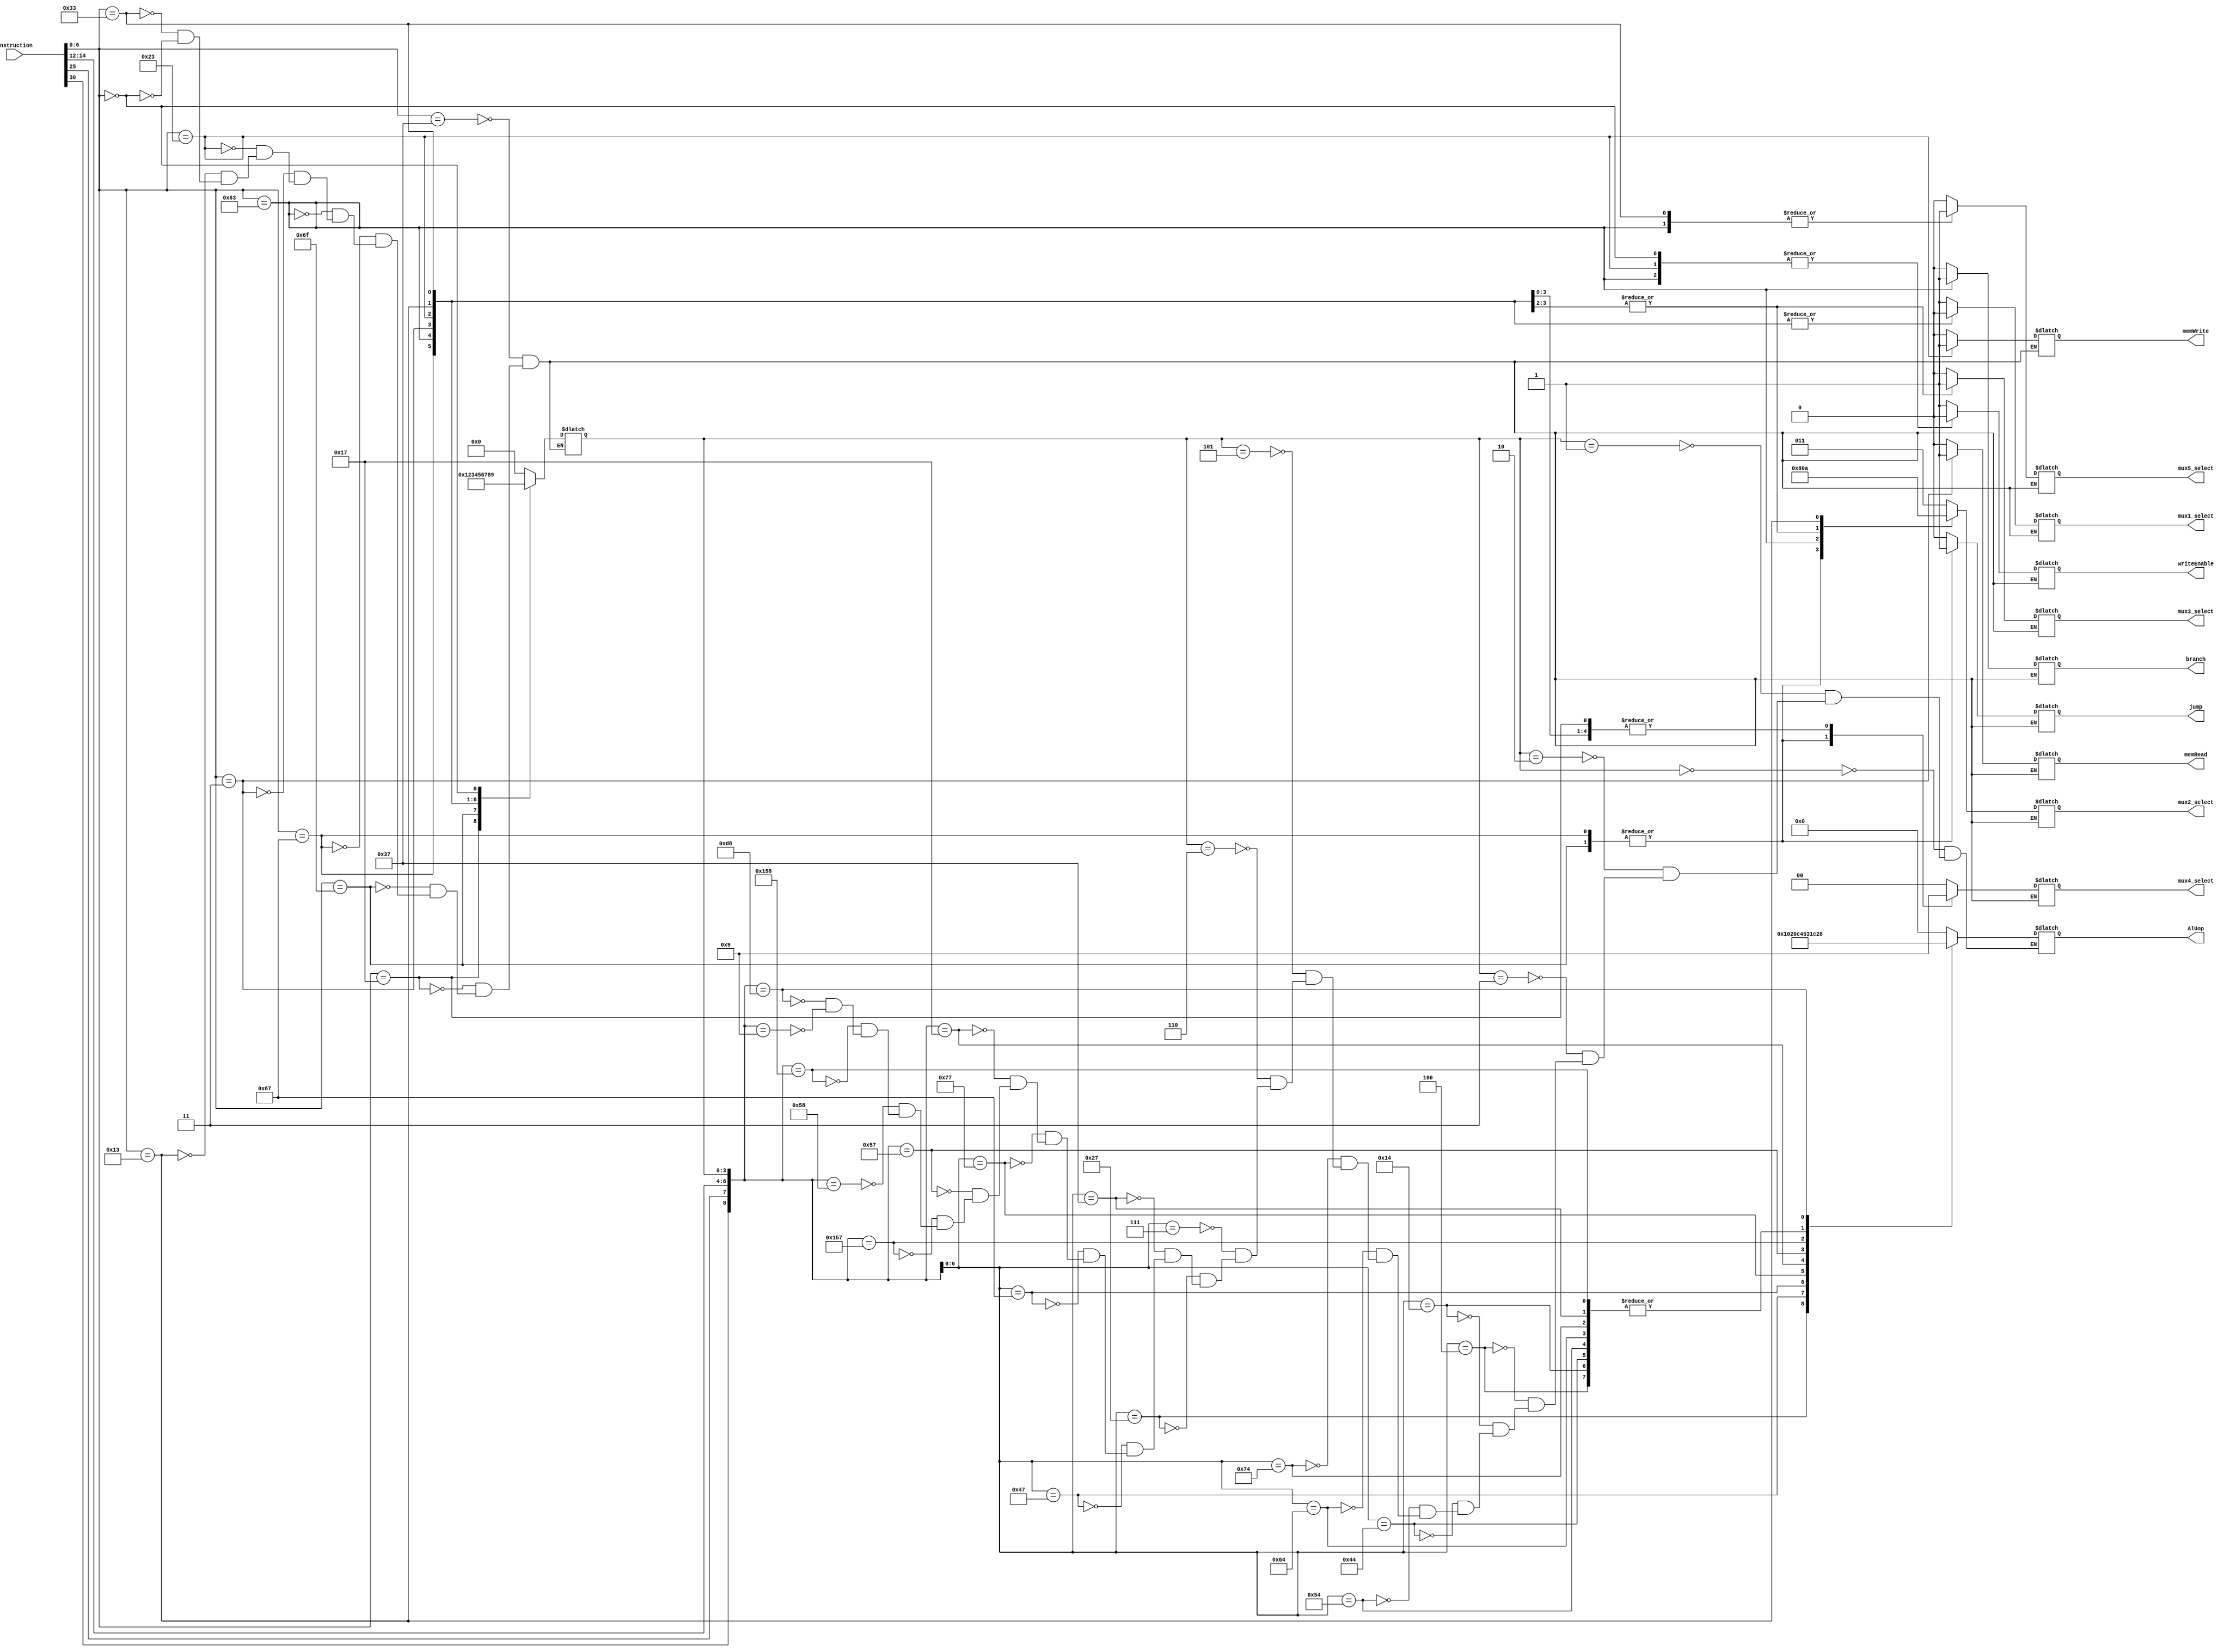
//       #########         CONTROL UNIT        ########
`timescale  1ns/100ps
//Delays are introduced..
//compatible with the new datapath.. updated 26/7/2021

module controlUnit(Instruction,mux1_select,mux2_select,mux3_select,mux4_select,mux5_select,memRead,memWrite,branch,jump,writeEnable,AlUop);          //control unit module
	
    //port declaration
    input  [31:0] Instruction;
    output [4:0] AlUop;
    output [1:0] mux4_select;
    output [2:0] mux2_select;
	output mux1_select,mux3_select,
            mux5_select,memRead,memWrite,branch,jump,writeEnable;
        
	wire [6:0] OPCODE;
    wire [2:0] funct3;
    wire funct7_A,funct7_B;
    reg [1:0] mux4_select;                                
    reg mux1_select,mux3_select,
            mux5_select,memRead,memWrite,branch,jump,writeEnable;
    wire [8:0] specific_OP;
    reg  [2:0] Immidiate,mux2_select;
    reg  [3:0] instr_type;
    reg  [4:0] AlUop;

	// always@(Instruction)begin
	// OPCODE = Instruction[6:0];                              //instruction decoding
    // funct3 = Instruction[14:12];                            //funct3 field
    // funct7_A = Instruction[30];                             //7th bit of funct7
    // funct7_B = Instruction[25];                             //1st bit of funct7
	// end
	
    assign OPCODE = Instruction[6:0];                       //opcode
    assign funct3 = Instruction[14:12];                     //funct3 field
    assign funct7_A = Instruction[30];                      //7th bit of funct7
    assign funct7_B = Instruction[25];                      //1st bit of funct7

    /* 
    -----
     general control signals for instruction type
    -----
    */   
	always @(OPCODE) begin     
		case(OPCODE)
			7'b0110111:begin 		//U type (lui) instruction
                #1                                          //delay occured by combinational logic
                instr_type  = 4'b0000;
                mux1_select = 1'bx;
                mux2_select = 3'b011; 
                mux3_select = 1'b0;         
                mux4_select = 2'b00;
                mux5_select = 1'bx; 
                writeEnable = 1'b1;
                memRead     = 1'b0;
                memWrite    = 1'b0;
                branch      = 1'b0;
                jump        = 1'b0;
				end
			7'b0010111:begin 		//U type (auipc) instruction
                #1                                          //delay occured by combinational logic
                instr_type = 4'b0001;
                mux1_select = 1'b1;
                mux2_select = 3'b011;
                mux3_select = 1'b0;
                mux4_select = 2'b01;
                mux5_select = 1'b0;
                writeEnable = 1'b1;
                memRead = 1'b0;
                memWrite = 1'b0;
                branch      = 1'b0;
                jump        = 1'b0;
				end
			7'b1101111:begin 		//jal instruction
                #1                                          //delay occured by combinational logic
                instr_type = 4'b0010;
                mux1_select = 1'b1;
                mux2_select = 3'b100;
                mux3_select = 1'b0;
                mux4_select = 2'b10;
                mux5_select = 1'b0;
                writeEnable = 1'b1;
                memRead = 1'b0;
                memWrite = 1'b0;
                branch      = 1'b0;
                jump        = 1'b1;
				end
			7'b1100111:begin 		//jalr instruction
                #1                                          //delay occured by combinational logic
                instr_type = 4'b0011;
                mux1_select = 1'b0;
                mux2_select = 3'b100;
                mux3_select = 1'b0;
                mux4_select = 2'b10;
                mux5_select = 1'b0;
                writeEnable = 1'b1;
                memRead = 1'b0;
                memWrite = 1'b0;
                branch      = 1'b0;
                jump        = 1'b1;
				end
            7'b1100011:begin 		//B type instructions
                #1                                          //delay occured by combinational logic
                instr_type = 4'b0100;
                mux1_select = 1'b0;
                mux2_select = 3'b000;
                mux3_select = 1'bx;
                mux4_select = 2'bxx;
                mux5_select = 1'b1;
                writeEnable = 1'b0;
                memRead = 1'b0;
                memWrite = 1'b0;
                branch      = 1'b1;
                jump        = 1'b0;
				end
            7'b0000011:begin 		//I type (load) instructions
                #1                                          //delay occured by combinational logic
                instr_type = 4'b0101;
                mux1_select = 1'b0;
                mux2_select = 3'b001;
                mux3_select = 1'b1;
                mux4_select = 2'b01;
                mux5_select = 1'b0;
                writeEnable = 1'b1;
                memRead = 1'b1;
                memWrite = 1'b0;
                branch      = 1'b0;
                jump        = 1'b0;
				end
            7'b0100011:begin 		//S type instructions
                #1                                          //delay occured by combinational logic
                instr_type = 4'b0110;
                mux1_select = 1'b0;
                mux2_select = 3'b001;
                mux3_select = 1'b1;
                mux4_select = 2'b01;
                mux5_select = 1'b0;
                writeEnable = 1'b0;
                memRead = 1'b0;
                memWrite = 1'b1;
                branch      = 1'b0;
                jump        = 1'b0;
				end
            7'b0010011:begin 		//I type instructions
                #1                                          //delay occured by combinational logic
                instr_type = 4'b0111;
                mux1_select = 1'b0;
                mux2_select = 3'b010;
                mux3_select = 1'b0;
                mux4_select = 2'b01;
                mux5_select = 1'b0;
                writeEnable = 1'b1;
                memRead = 1'b0;
                memWrite = 1'b0;
                branch      = 1'b0;
                jump        = 1'b0;
				end
            7'b0110011:begin 		//R type instructions(with standard M extention)
                #1                                          //delay occured by combinational logic
                instr_type = 4'b1000;
                mux1_select = 1'b0;
                mux2_select = 3'bxxx;
                mux3_select = 1'b0;
                mux4_select = 2'b01;
                mux5_select = 1'b1;
                writeEnable = 1'b1;
                memRead = 1'b0;
                memWrite = 1'b0;
                branch      = 1'b0;
                jump        = 1'b0;
				end
            7'b0000000:begin 		//nop instruction
                #1                                          //delay occured by combinational logic
                instr_type = 4'b1001;
                mux1_select = 1'bx;
                mux2_select = 3'bxxx;
                mux3_select = 1'bx;
                mux4_select = 2'bxx;
                mux5_select = 1'bx;
                writeEnable = 1'b0;
                memRead = 1'b0;
                memWrite = 1'b0;
                branch      = 1'b0;
                jump        = 1'b0;
				end        
		endcase
    end

    /* 
    -----
     instruction specific control signals
    -----
    */    
    assign specific_OP = {funct7_A,funct7_B,funct3,instr_type};      //concatenation
    always @(*) begin
        #1                                                   //delay occured by combinational logic
        casex(specific_OP)
            9'bxxxxx0000: begin                             //LUI//                                                            U type (lui) instruction
                AlUop         = 5'bxxxxx;

            end
            9'bxxxxx0001: begin                             //AUIPC//                                                          auipc
                AlUop         = 5'b00000;

            end
            9'bxxxxx0010: begin                             //JAL//                                                            jal
                AlUop         = 5'b00000;

            end
            9'bxxxxx0011: begin                             //JALR//                                                           jalr instruction
                AlUop         = 5'b00000;

            end
            9'bxx0000100: begin                           //BEQ //                                                             B type instructions
                AlUop         = 5'b00001;

            end
            9'bxx0010100: begin                          //BNE //     
                AlUop         = 5'b00001;

            end
            9'bxx1000100: begin                         //BLT//             
                AlUop         = 5'b00001;

            end
            9'bxx1010100: begin                         //BGE//        
                AlUop         = 5'b00001;

            end
            9'bxx1100100: begin                        //BLTU//   
                AlUop         = 5'b00001;

            end
            9'bxx1110100: begin                       //BGEU //        
                AlUop         = 5'b00001;

            end
            //I type(Load) and store type specific opcodes have to be finalized

            9'bxxxxx0101: begin                       //Load instructions//                                             I type (load) instructions   
                AlUop         = 5'b00000;
            end

            9'bxxxxx0110: begin                       //store instructions//                                             S type instructions    
                AlUop         = 5'b00000;
            end
            
            9'bxx0000111: begin                          //ADDI//                                                       I type instructions           
                AlUop         = 5'b00000;
            end
            9'bxx0100111: begin                         //SLTI            //             
                AlUop         = 5'b10000;
            end
            9'bxx0110111: begin                        //SLTiU        //                            
                AlUop         = 5'b00001;
            end
            9'bxx1000111: begin                        //XORI           //                      
                AlUop         = 5'b00100;
            end
            9'bxx1100111: begin                       //ORI         //                
                AlUop         = 5'b00011;
            end
            9'bxx1110111: begin                       //ANDI      //                              
                AlUop         = 5'b00010;
            end
            9'b000010111: begin                       //SLLI    //                                
                AlUop         = 5'b00101;
            end
            9'b001010111: begin                       //SRLI  //     
                AlUop         = 5'b00110;
            end
            9'b101010111: begin                       //SRAI//       
                AlUop         = 5'b00111;
            end
            9'b001011000: begin                       //R type(ADD)   //                                                  R type instructions             
                AlUop         = 5'b00000;
            end
            9'b101011000: begin                         //SUB //
                AlUop         = 5'b00001;
            end
            9'b001011000: begin                        //SLL //                         
                AlUop         = 5'b00101;
            end
            9'b001011000: begin                         //SLT //      
                AlUop         = 5'b10000;
            end
            9'b001011000: begin                         //SLTU //    
                AlUop         = 5'b10001;
            end
            9'b001011000: begin                        //XOR //   
                AlUop         = 5'b00100;
            end
            9'b001011000: begin                        //SRL //      
                AlUop         = 5'b00110;
            end
            9'b101011000: begin                         //SRA //      
                AlUop         = 5'b00111;
            end
            9'b001011000: begin                         //OR  //   
                AlUop         = 5'b00011;
            end
            9'b001011000: begin                         //AND //          
                AlUop         = 5'b00010;
            end
            9'b011011000: begin                //M extention instructions (MUL)    //                                           M extention instructions                   
                AlUop         = 5'b01000;
            end
            9'b011011000: begin               //MULH //                               
                AlUop         = 5'b01001;
            end
            9'b011011000: begin                //MULHSU//                                  
                AlUop         = 5'b01010;     
            end
            9'b011011000: begin               //MULHU  //                       
                AlUop         = 5'b01011;
            end
            9'b011011000: begin               //DIV  //                   
                AlUop         = 5'b01100;
            end
            9'b011011000: begin                //DIVU //                   
                AlUop         = 5'b01101;
            end
            9'b011011000: begin               //REM //                              
                AlUop         = 5'b01110;
            end
            9'b011011000: begin              //REMU  //                         
                AlUop         = 5'b01111;
            end
            9'b000001001: begin              //nop  //                         
                AlUop         = 5'bxxxxx;
            end
        endcase       
    end

endmodule